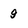
Character: 9